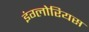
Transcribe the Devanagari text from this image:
इंग्लोरियस